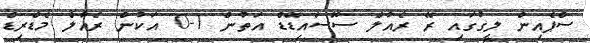
ސްޕެއިން ލީގުގައި ރޭ ރެއާލް ސޮސައިޑޭޑް އަތުން 1-0 އަކުން ރެއާލް މެޑްރިޑް